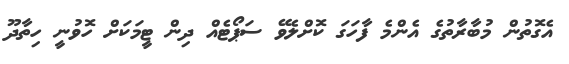
އެގޮތުން މުބާރާތުގެ އެންމެ ފާހަގަ ކޮށްލެވޭ ސަޕޯޓެއް ދިން ޓީމަކަށް ހޮވުނީ ހިތާދޫ